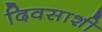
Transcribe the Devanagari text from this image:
दिवसाशी